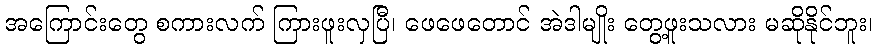
အကြောင်းတွေ စကားလက် ကြားဖူးလှပြီ၊ ဖေဖေတောင် အဲဒါမျိုး တွေ့ဖူးသလား မဆိုနိုင်ဘူး၊